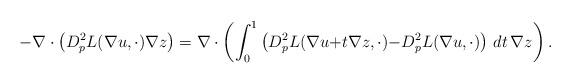
LaTeX: \begin{align*} -\nabla \cdot \left( D_p^2 L( \nabla u,\cdot) \nabla z \right) = \nabla \cdot \left( \int_{0}^1 \left( D_p^2 L( \nabla u {+} t\nabla z,\cdot) {-} D_p^2 L( \nabla u,\cdot) \right)\,dt \, \nabla z \right).\end{align*}